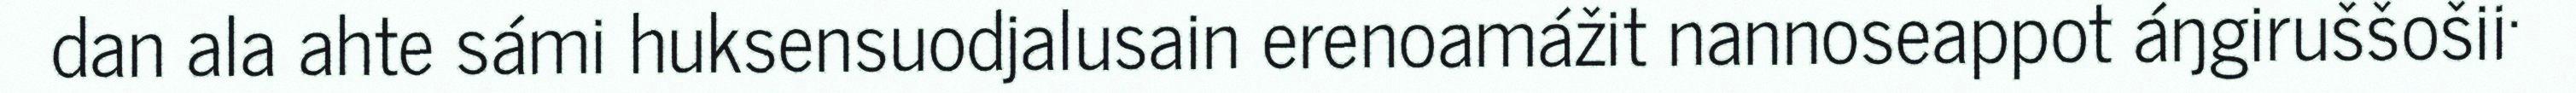
dan ala ahte sámi huksensuodjalusain erenoamážit nannoseappot áŋgiruššošii·